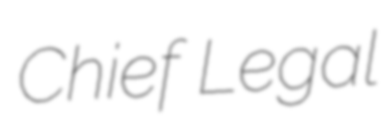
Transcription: Chief Legal